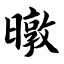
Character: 暾